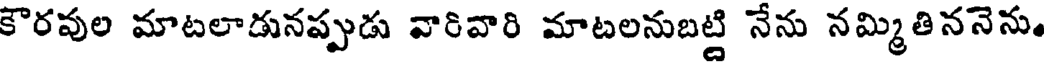
కౌరపుల మాటలాడునప్పుడు వారివారి మాటలనుబట్టి నేను నమ్మితిననెను